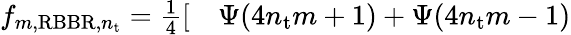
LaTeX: \begin{array}{rl}{f_{m,\mathrm{RBBR},n_{\mathrm{t}}}=\frac{1}{4}[}&{{}\Psi(4n_{\mathrm{t}}m+1)+\Psi(4n_{\mathrm{t}}m-1)}\end{array}